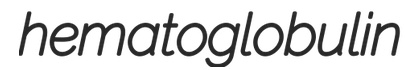
hematoglobulin